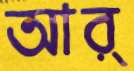
আর্